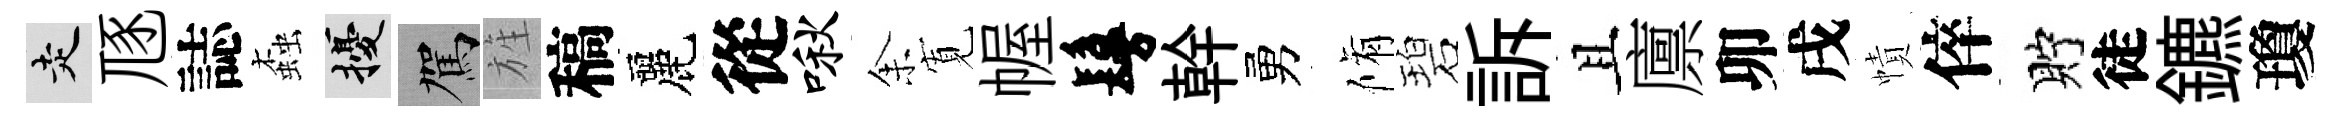
走豗誌螙擾駕旌稿麗從啾𪜬𡩖幄鬘幹勇脩碧訴且廪卯戌幘倅貯徒鑣瓊